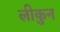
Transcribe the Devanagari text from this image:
लीकुन